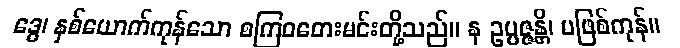
ဒွေ၊ နှစ်ယောက်ကုန်သော စကြဝတေးမင်းတို့သည်။ န ဥပ္ပဇ္ဇန္တိ၊ မဖြစ်ကုန်။